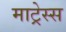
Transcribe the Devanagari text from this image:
माट्रेस्स